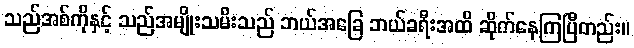
သည်အစ်ကိုနှင့် သည်အမျိုးသမီးသည် ဘယ်အခြေ ဘယ်ခရီးအထိ ဆိုက်နေကြပြီတည်း။